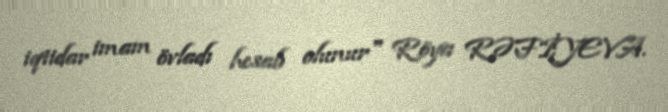
iqtidar imam övladı hesab olunur" Röya RƏFİYEVA.